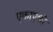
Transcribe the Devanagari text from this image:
एकाएकीं